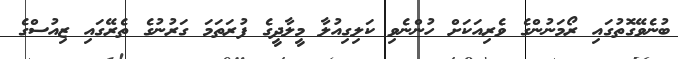
ބުނެވޭގޮތުގައި ރޯމަނުންގެ ވެރިއަކަށް ހުންނެވި ކަލިގިއުލާ މީލާދީގެ ފުރަތަމަ ގަރުނުގެ ތެރޭގައި ޒިއުސްގެ